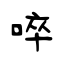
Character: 啐